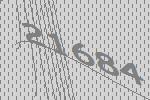
21684